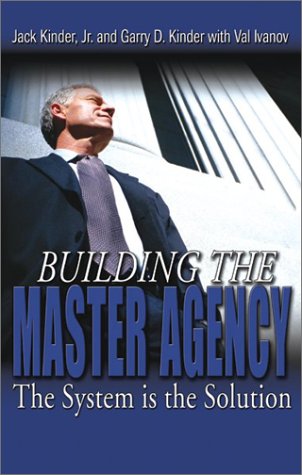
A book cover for Building the Master Agency: The System Is the Solution; Garry D. Kinder; Business & Money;